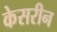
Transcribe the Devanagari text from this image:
केसरीन